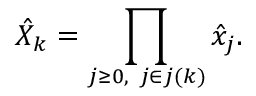
\hat { X } _ { k } = \prod _ { j \ge 0 , \ j \in j ( k ) } \hat { x } _ { j } .